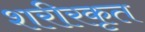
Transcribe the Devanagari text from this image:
शरीरकृत